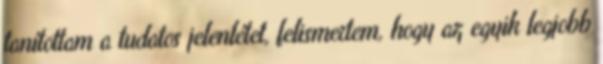
tanítottam a tudatos jelenlétet, felismertem, hogy az egyik legjobb